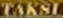
TEKSI